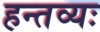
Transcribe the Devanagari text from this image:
हन्तव्यः